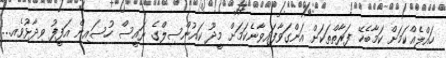
ހައްލެއްކަމަށް ކަމާބެހޭ ފަރާތްތަކަށް އަންގަވާފައިވާނެކަމަށް މީދޫ ކައުންސިލްގެ ރައީސް ހުސައިން އަފީފު ވިދާޅުވެއ...